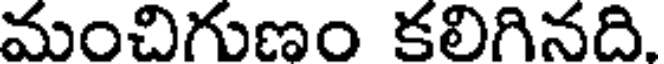
మంచిగుణం కలిగినది.